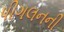
પીગલનની